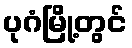
ပုဂံမြို့တွင်